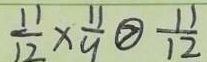
\frac { 1 1 } { 1 2 } \times \frac { 1 1 } { 9 } \textcircled { > } \frac { 1 1 } { 1 2 }